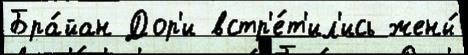
Бра́йан Дор'и встр'е́т'ил'ись жены́